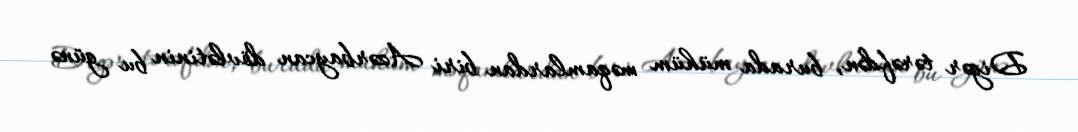
Digər tərəfdən, burada mühüm məqamlardan biri Azərbaycan dövlətinin bu günə